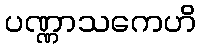
ပဏ္ဏာသကေဟိ